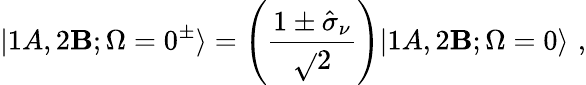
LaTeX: |1A,2\mathbf{B};\Omega=0^{\pm}\rangle=\left(\frac{{1\pm\hat{{\sigma}}_{\nu}}}{{\sqrt{}{{2}}}}\right)|1A,2\mathbf{B};\Omega=0\rangle\, \, ,